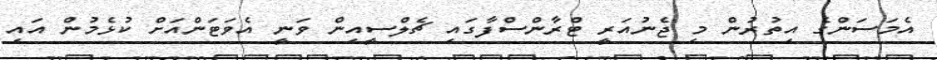
އެމަސަންގެ އިތުރުން މި ޖެނުއަރީ ޓްރާންސްފާގައި ޗެލްސީއިން ވަނީ އެވަޓަންއަށް ކުޅެމުން އައި